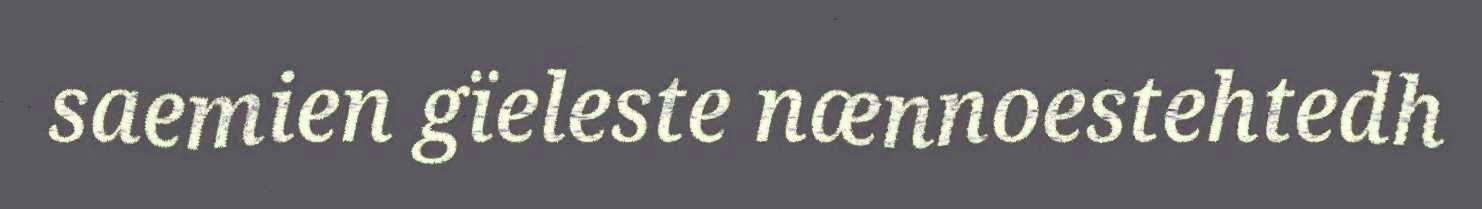
saemien gïeleste nænnoestehtedh